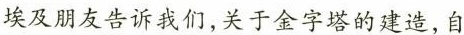
埃及朋友告诉我们，关于金字塔的建造，自